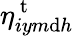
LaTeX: \eta_{iym\mathrm{d}h}^{\mathrm{{~t~}}}